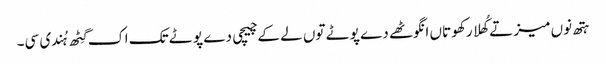
ہتھ نوں میز تے کُھلا رکھو تاں انگوٹھے دے پوٹے توں لے کے چیچی دے پوٹے تک اک گِٹھ ہُندی سی۔